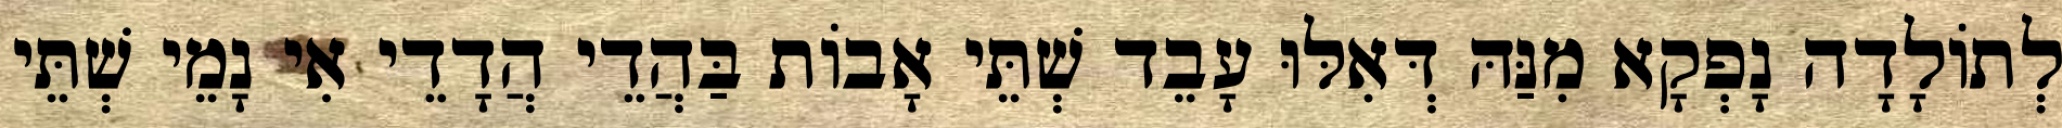
לְתוֹלָדָה נָפְקָא מִנַּהּ דְּאִלּוּ עָבֵד שְׁתֵּי אָבוֹת בַּהֲדֵי הֲדָדֵי אִי נָמֵי שְׁתֵּי